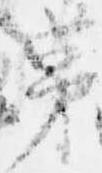
茅